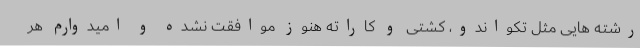
رشته هایی مثل تکواندو، کشتی و کاراته هنوز موافقت نشده و امیدوارم هر